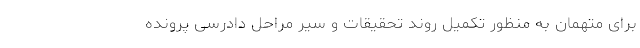
برای متهمان به منظور تکمیل روند تحقیقات و سیر مراحل دادرسی پرونده